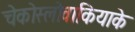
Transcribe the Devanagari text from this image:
चेकोस्लोवाकियाके